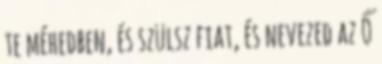
te méhedben, és szülsz fiat, és nevezed az Ő